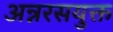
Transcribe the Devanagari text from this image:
अन्नरसयुक्त